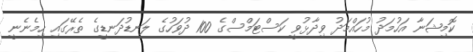
ކޮމިޝަނާ އަހުމަދު މުހައްމަދު ވިދާޅުވީ ކަސްޓަމްސްގެ 100 ދުވަހުގެ ލަނޑުދަނޑީގެ ތެރޭގައި ހިމެނެނީ